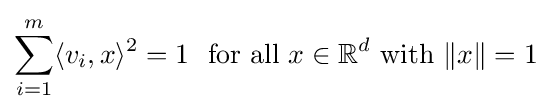
\sum _{i=1}^{m}\langle v_{i},x\rangle ^{2}=1\ {\text{ for all }}x\in \mathbb {R} ^{d}{\text{ with }}\|x\|=1